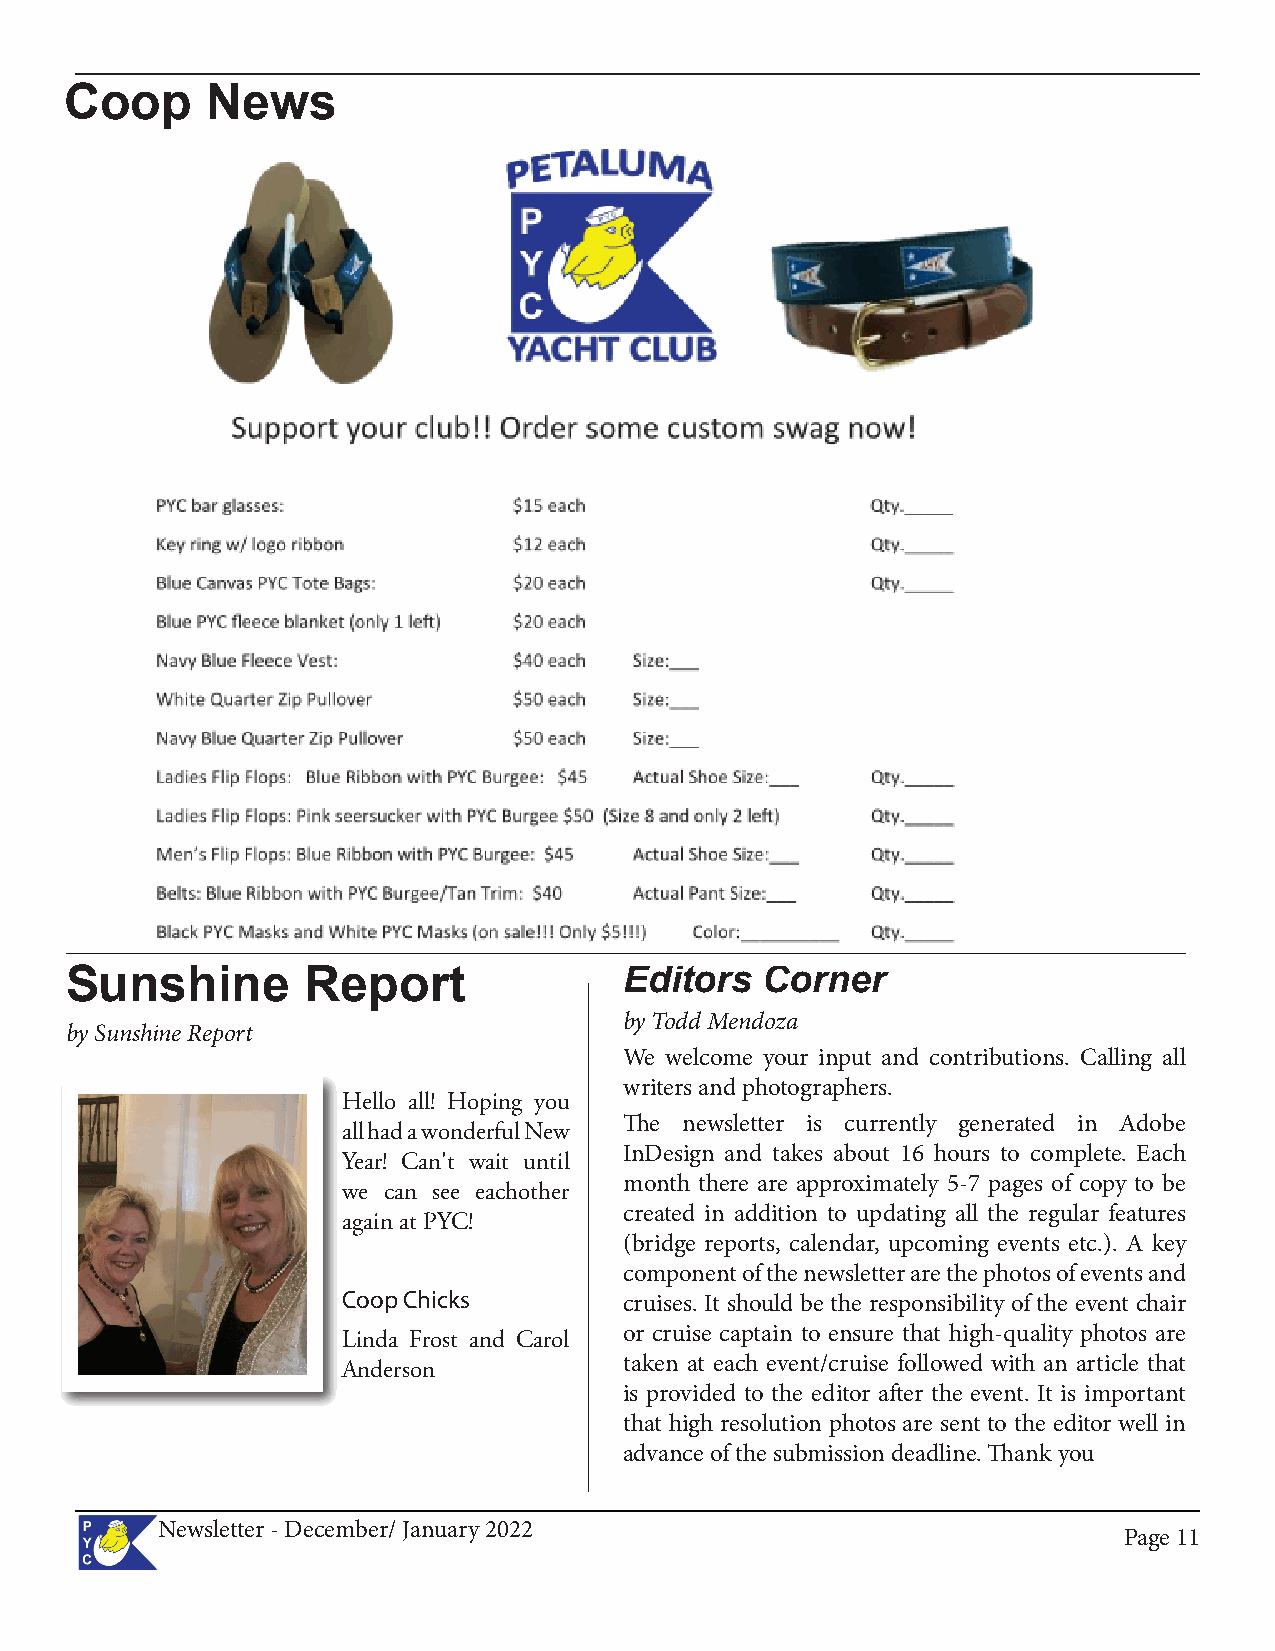
Coop      News
 Sunshine        Report               Editors   Corner
 by Todd Mendoza
 by Sunshine Report
 We welcome your input and contributions. Calling all
 writers and photographers.
 Hello all! Hoping you
 The newsletter is currently generated in Adobe
 all had a wonderful New
 InDesign and takes about 16 hours to complete. Each
 Year! Can't wait until
 month there are approximately 5-7 pages of copy to be
 we can see eachother
 created in addition to updating all the regular features
 again at PYC!
 (bridge reports, calendar, upcoming events etc.). A key
 component of the newsletter are the photos of events and
 Coop Chicks
 cruises. It should be the responsibility of the event chair
 Linda Frost and Carol or cruise captain to ensure that high-quality photos are
 Anderson          taken at each event/cruise followed with an article that
 is provided to the editor after the event. It is important
 that high resolution photos are sent to the editor well in
 advance of the submission deadline. Thank you
 Newsletter - December/ January 2022
 PPaaggee 1111